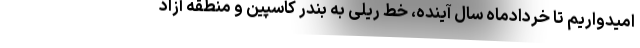
امیدواریم تا خردادماه سال آینده، خط ریلی به بندر کاسپین و منطقه آزاد